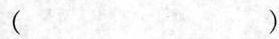
()